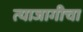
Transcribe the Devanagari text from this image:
त्याजागीचा